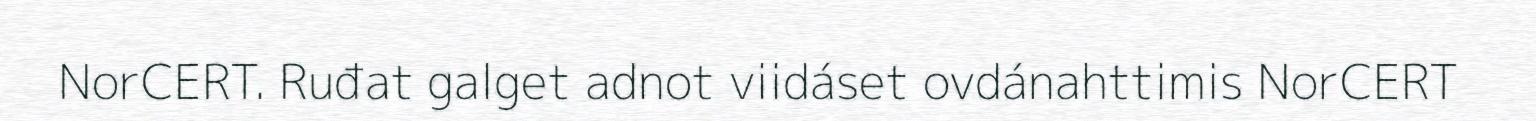
NorCERT. Ruđat galget adnot viidáset ovdánahttimis NorCERT